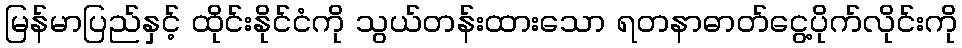
မြန်မာပြည်နှင့် ထိုင်းနိုင်ငံကို သွယ်တန်းထားသော ရတနာဓာတ်ငွေ့ပိုက်လိုင်းကို